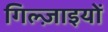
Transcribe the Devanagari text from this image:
गिल्ज़ाइयों